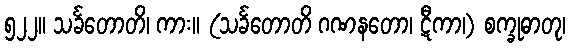
၅၂၂။ သင်္ခတောတိ၊ ကား။ (သင်္ခတောတိ ဂဏနတော၊ ဋီကာ၊) စက္ခုဓာတု၊